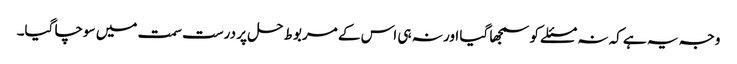
وجہ یہ ہے کہ نہ مسئلے کو سمجھا گیا اور نہ ہی اس کے مربوط حل پر درست سمت میں سوچا گیا۔